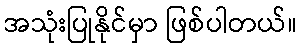
အသုံးပြုနိုင်မှာ ဖြစ်ပါတယ်။